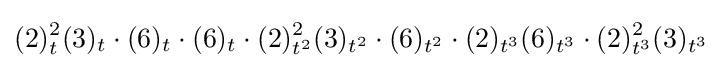
(2)_{t}^{2}(3)_{t}\cdot (6)_{t}\cdot (6)_{t}\cdot (2)_{t^{2}}^{2}(3)_{t^{2}}\cdot (6)_{t^{2}}\cdot (2)_{t^{3}}(6)_{t^{3}}\cdot (2)_{t^{3}}^{2}(3)_{t^{3}}